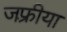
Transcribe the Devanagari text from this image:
जफ़्रीया